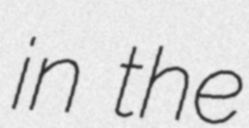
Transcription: in the